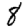
Digit: 8